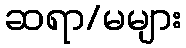
ဆရာ/မများ